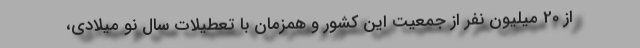
از 20 میلیون نفر از جمعیت این کشور و همزمان با تعطیلات سال نو میلادی،